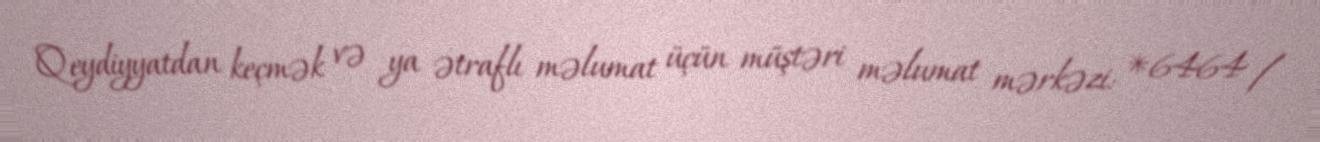
Qeydiyyatdan keçmək və ya ətraflı məlumat üçün müştəri məlumat mərkəzi: *6464 /